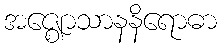
အဇ္ဈောသာနနိရောဓာ